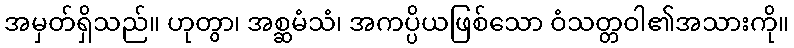
အမှတ်ရှိသည်။ ဟုတွာ၊ အစ္ဆမံသံ၊ အကပ္ပိယဖြစ်သော ဝံသတ္တဝါ၏အသားကို။